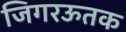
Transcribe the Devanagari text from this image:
जिगरऊतक